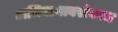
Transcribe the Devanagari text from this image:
अभियानाबरोबरच